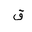
Letter: _qaf